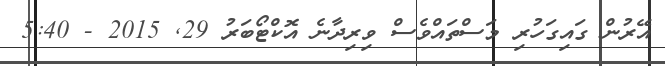
އޭރުން ގައިގަހުރި މަސްތައްވެސް ވިރިދާނެ އޮކްޓޯބަރު 29